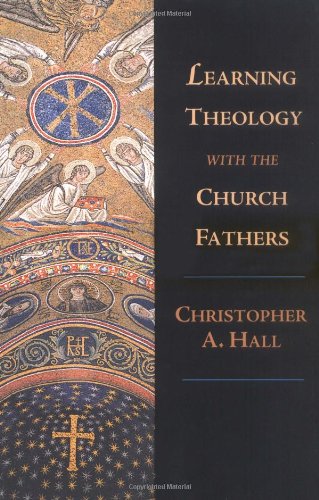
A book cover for Learning Theology with the Church Fathers; Christopher A. Hall; Christian Books & Bibles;